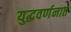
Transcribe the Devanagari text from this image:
युद्धवर्णनात